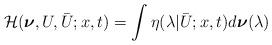
LaTeX: \begin{align*}\mathcal{H}(\boldsymbol{\nu},U,\bar{U};x,t)=\int \eta(\lambda|\bar{U};x,t)d\boldsymbol{\nu}(\lambda)\end{align*}